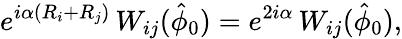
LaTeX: e^{i\alpha\left(R_{i}+R_{j}\right)}\, W_{ij}(\hat{\phi}_{0})=e^{2i\alpha}\, W_{ij}(\hat{\phi}_{0}),